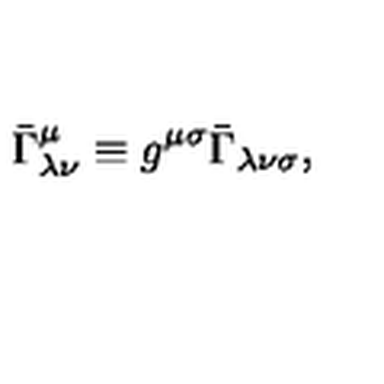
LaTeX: \bar { \Gamma } _ { \lambda \nu } ^ { \mu } \equiv g ^ { \mu \sigma } \bar { \Gamma } _ { \lambda \nu \sigma } ,